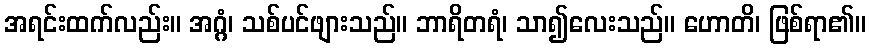
အရင်းထက်လည်း။ အဂ္ဂံ၊ သစ်ပင်ဖျားသည်။ ဘာရိတရံ၊ သာ၍လေးသည်။ ဟောတိ၊ ဖြစ်ရာ၏။